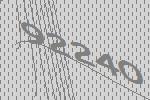
92240